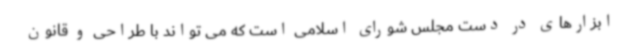
ابزارهای در دست مجلس شورای اسلامی است که می تواند با طراحی و قانون